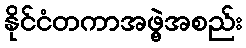
နိုင်ငံတကာအဖွဲ့အစည်း